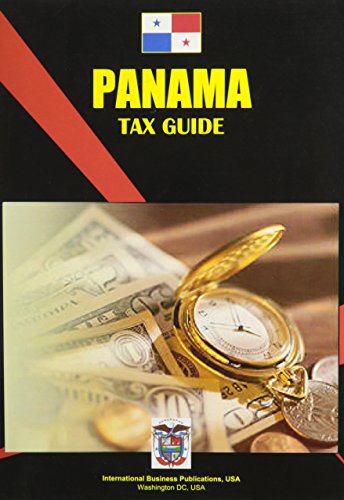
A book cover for Panama: Tax Guide; Ibp Usa; Business & Money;